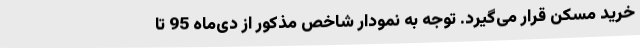
خرید مسکن قرار می‌گیرد. توجه به نمودار شاخص مذکور از دی‌ماه 95 تا